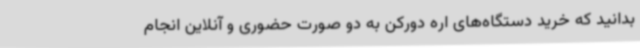
بدانید که خرید دستگاه‌های اره دورکن به دو صورت حضوری و آنلاین انجام